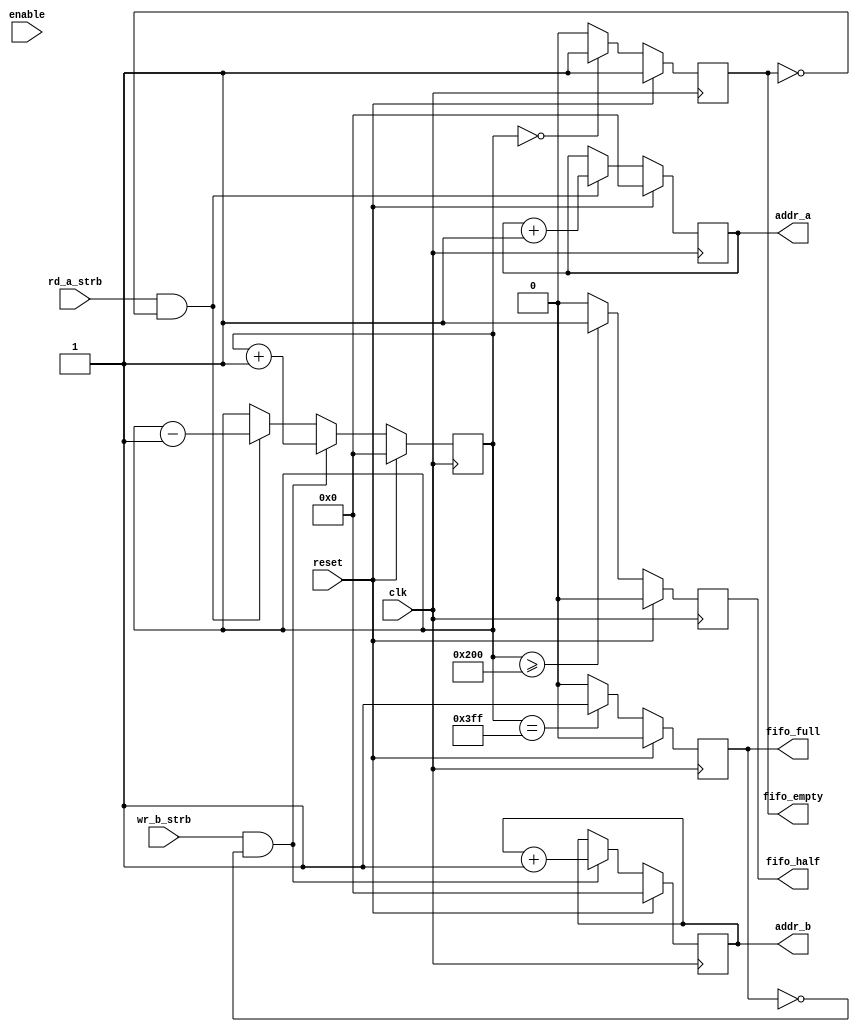
module FifoController
#(parameter WIDTH = 10)
(
  	input                   clk,        // System Clock
  	input                   reset,      // System Reset
  	input                   enable,     // Enable Fifo   
  	input                   rd_a_strb,  // Read Strobe to empty
  	input                   wr_b_strb,  // Write Strobe to fill
  	output reg [WIDTH-1:0]  addr_a,     // output address, read addr
  	output reg [WIDTH-1:0]  addr_b,     // input address, write addr
  	output reg              fifo_empty, // flag that fifo is empty
  	output reg              fifo_full,  // flag that fifo is full
 	output reg              fifo_half,  // flag that fifo is half full
  	//output reg [WIDTH-1:0] 	buffer_cnt	// how much is in buffer
);
  
  	reg [WIDTH-1:0] buffer_cnt;
  
  	//Initialize
	initial			
	begin
    	buffer_cnt  <= {WIDTH{1'b0}};
    	addr_a      <= {WIDTH{1'b0}};
    	addr_b      <= {WIDTH{1'b0}};
   	fifo_empty  <= 1'b1;
    	fifo_full   <= 1'b0;
    	fifo_half   <= 1'b0;    
	end
    
	// Handle Read Address
  	always @(posedge clk) begin
    	if (reset)
      	addr_a <= {WIDTH{1'b0}};
    	else if (rd_a_strb && ~fifo_empty)
      	addr_a <= addr_a + 1'b1;
  	end

	// Handle Write Address
  	always @(posedge clk) begin
    	if (reset)
      	addr_b <= {WIDTH{1'b0}};
    	else if (wr_b_strb && ~fifo_full)
      	addr_b <= addr_b + 1'b1;
  	end
  
  	// Keep track of items in buffer
  	always @(posedge clk) begin
    	if (reset)
      	buffer_cnt <= {WIDTH{1'b0}};
    	else if (wr_b_strb && ~fifo_full)
      	buffer_cnt <= buffer_cnt + 1'b1;
    	else if (rd_a_strb && ~fifo_empty)
      	buffer_cnt <= buffer_cnt - 1'b1;      
  	end
    
	// Fifo Empty
  	always @(posedge clk) begin
    	if (reset)
      	fifo_empty <= 1'b1;
    	else if (buffer_cnt == {WIDTH{1'b0}})
      	fifo_empty <= 1'b1;
    	else
      	fifo_empty <= 1'b0;
  	end
  
	// Fifo Full
  	always @(posedge clk) begin
    	if (reset)
      	fifo_full <= 1'b0;
    	else if (buffer_cnt == {WIDTH{1'b1}})
      	fifo_full <= 1'b1;
    	else
      	fifo_full <= 1'b0;
  	end  
  
	// Fifo Half Full
  	always @(posedge clk) begin
    	if (reset)
      	fifo_half <= 1'b0;
    	else if (buffer_cnt >= {1'b1,{WIDTH-1{1'b0}}})
      	fifo_half <= 1'b1;
    	else
      	fifo_half <= 1'b0;
  	end    
  
    
endmodule